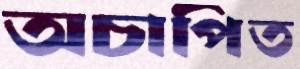
অচাপিত